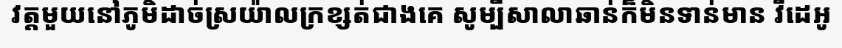
វត្តមួយនៅភូមិដាច់ស្រយ៉ាលក្រខ្សត់ជាងគេ សូម្បីសាលាឆាន់ក៏មិនទាន់មាន វីដេអូ